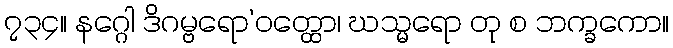
၇၃၄။ နဂ္ဂေါ ဒိဂမ္ဗရော’ဝတ္ထော၊ ဃသ္မရော တု စ ဘက္ခကော။